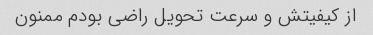
از کیفیتش و سرعت تحویل راضی بودم ممنون